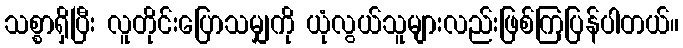
သစ္စာရှိပြီး လူတိုင်းပြောသမျှကို ယုံလွယ်သူများလည်းဖြစ်ကြပြန်ပါတယ်။